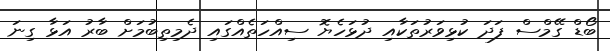
ބޯޑް ގޭމްސް ފަދަ ކުޅިވަރުތަކާއި ދުޅަހެޔޮ ސިއްހަތެއްގައި ދެމިތިބުމަށް ބާރު އަޅާ ގިނަ